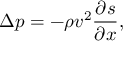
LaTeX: \Delta p = - \rho v ^ { 2 } { \frac { \partial s } { \partial x } } ,